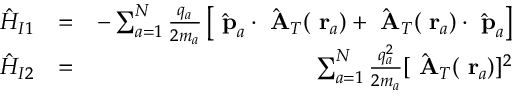
\begin{array} { r l r } { \hat { H } _ { I 1 } } & { = } & { - \sum _ { a = 1 } ^ { N } \frac { q _ { a } } { 2 m _ { a } } \left[ \hat { \mathrm { \bf ~ p } } _ { a } \cdot \hat { \mathrm { \bf ~ A } } _ { T } ( \mathrm { \bf ~ r } _ { a } ) + \hat { \mathrm { \bf ~ A } } _ { T } ( \mathrm { \bf ~ r } _ { a } ) \cdot \hat { \mathrm { \bf ~ p } } _ { a } \right] } \\ { \hat { H } _ { I 2 } } & { = } & { \sum _ { a = 1 } ^ { N } \frac { q _ { a } ^ { 2 } } { 2 m _ { a } } [ \hat { \mathrm { \bf ~ A } } _ { T } ( \mathrm { \bf ~ r } _ { a } ) ] ^ { 2 } } \end{array}